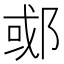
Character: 𬪇